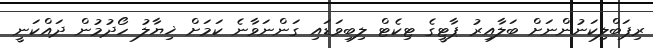
ރިޕަބްލިކަނުންނަށް ބަލާއިރު ޕާޓީގެ ޓިކެޓް ލިބިވަޑައި ގަންނަވާނެ ކަމަށް ޚިޔާލު ހޯދުމުން ދައްކަނީ